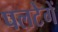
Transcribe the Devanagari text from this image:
पलटेगें